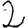
Digit: 2